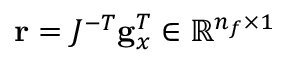
\mathbf { r } = J ^ { - T } \mathbf { g } _ { x } ^ { T } \in \mathbb { R } ^ { n _ { f } \times 1 }